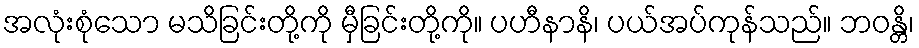
အလုံးစုံသော မသိခြင်းတို့ကို မှီခြင်းတို့ကို။ ပဟီနာနိ၊ ပယ်အပ်ကုန်သည်။ ဘဝန္တိ၊